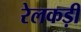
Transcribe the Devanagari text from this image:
रेलकड़ी